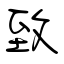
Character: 致